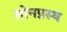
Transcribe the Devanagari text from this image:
सोनप्रस्थ